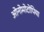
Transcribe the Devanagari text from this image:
ओनोमोटोपिया